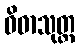
ဝိဓာသုတ္တ